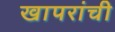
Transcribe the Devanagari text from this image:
खापरांची